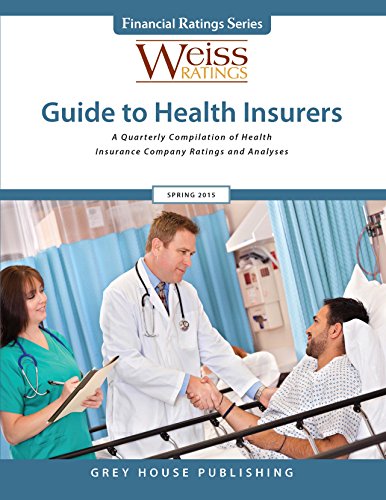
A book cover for Weiss Ratings Guide to Health Insurers, Summer 2015; Inc. Weiss Ratings; Business & Money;